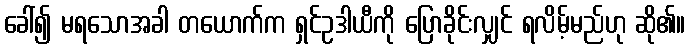
ခေါ်၍ မရသောအခါ တယောက်က ရှင်ဥဒါယီကို ပြောခိုင်းလျှင် ရလိမ့်မည်ဟု ဆို၏။